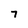
Character: 7